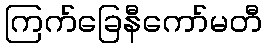
ကြက်ခြေနီကော်မတီ